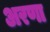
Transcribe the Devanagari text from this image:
अरणा